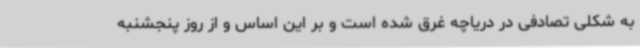
به شکلی تصادفی در دریاچه غرق شده است و بر این اساس و از روز پنجشنبه